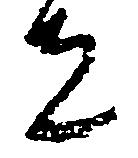
者